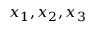
x _ { 1 } , x _ { 2 } , x _ { 3 }